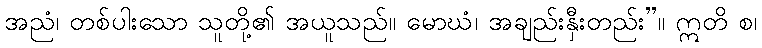
အညံ၊ တစ်ပါးသော သူတို့၏ အယူသည်။ မောဃံ၊ အချည်းနှီးတည်း”။ ဣတိ စ၊